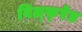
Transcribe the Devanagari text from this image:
विल्फ़्रेड